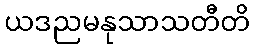
ယဒညမနုသာသတီတိ